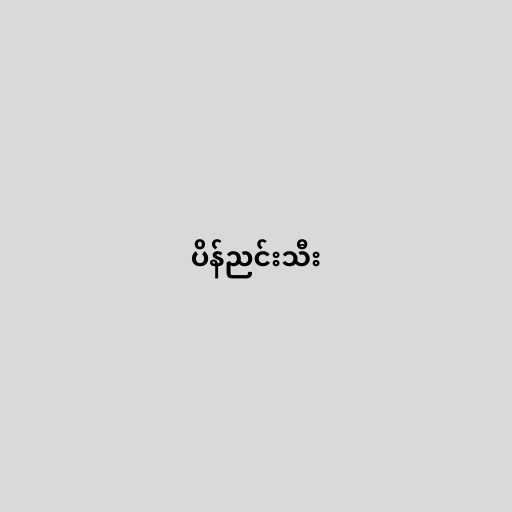
ပိန်ညင်းသီး